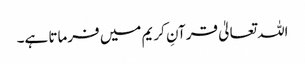
اللہ تعالیٰ قرآنِ کریم میں فرماتا ہے۔